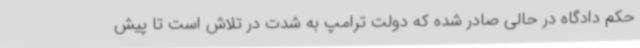
حکم دادگاه در حالی صادر شده که دولت ترامپ به شدت در تلاش است تا پیش